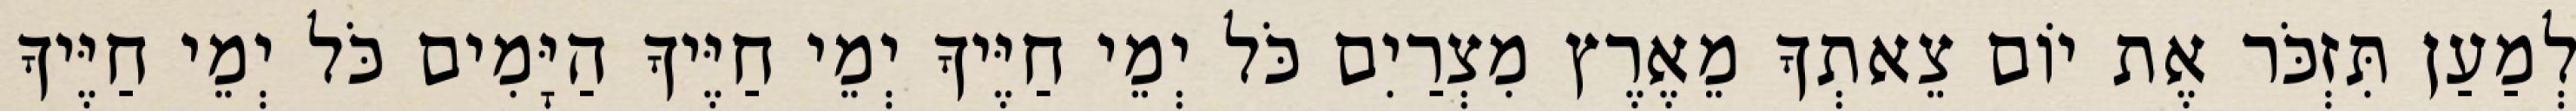
לְמַעַן תִּזְכֹּר אֶת יוֹם צֵאתְךָ מֵאֶרֶץ מִצְרַיִם כֹּל יְמֵי חַיֶּיךָ יְמֵי חַיֶּיךָ הַיָּמִים כֹּל יְמֵי חַיֶּיךָ